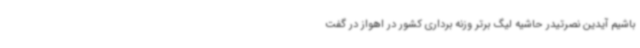
باشیم آیدین نصرتیدر حاشیه لیگ برتر وزنه برداری کشور در اهواز در گفت